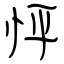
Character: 怦